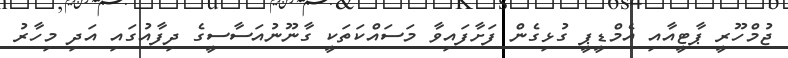
ޖުމްހޫރީ ޕާޓީއާއި އެމްޑީޕީ ގުޅިގެން ފަށާފައިވާ މަސައްކަތަކީ ގާނޫނުއަސާސީގެ ދިފާއުގައި އަދި މިހާރު